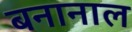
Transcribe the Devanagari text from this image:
बनानाल